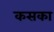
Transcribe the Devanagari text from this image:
कसका